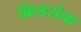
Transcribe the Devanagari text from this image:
बिल्डरांना